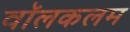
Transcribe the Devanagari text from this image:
वॉलकलम